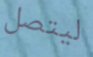
ليتصل